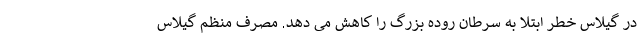
در گیلاس خطر ابتلا به سرطان روده بزرگ را کاهش می دهد. مصرف منظم گیلاس